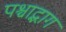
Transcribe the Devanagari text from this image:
पश्चाद्भाग